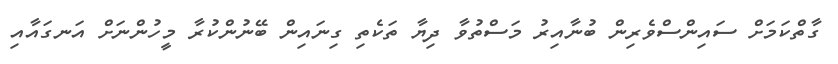
ގާތްކަމަށް ސައިންސްވެރިން ބުނާއިރު މަސްތުވާ ދިޔާ ތަކެތި ގިނައިން ބޭނުންކުރާ މީހުންނަށް އަނގައާއި